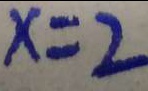
x = 2